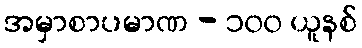
အမှာစာပမာဏ - ၁၀၀ ယူနစ်